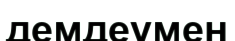
демдеумен